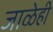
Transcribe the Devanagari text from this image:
जाळेही